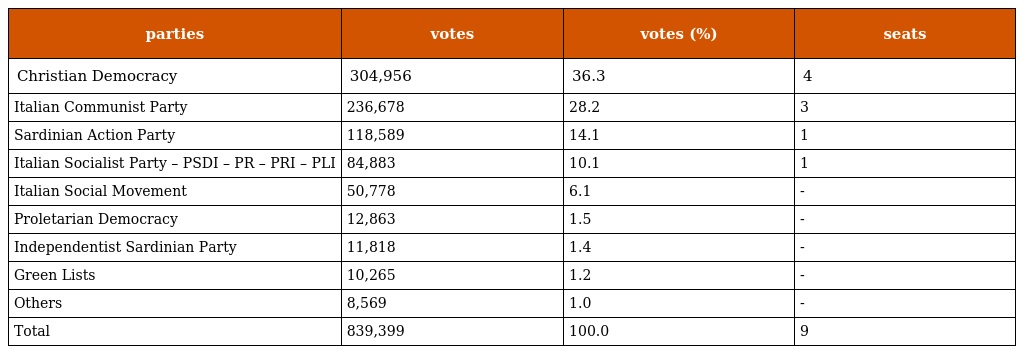
| parties | votes | votes (%) | seats |
 | --- | --- | --- | --- |
 | Christian Democracy | 304,956 | 36.3 | 4 |
 | Italian Communist Party | 236,678 | 28.2 | 3 |
 | Sardinian Action Party | 118,589 | 14.1 | 1 |
 | Italian Socialist Party – PSDI – PR – PRI – PLI | 84,883 | 10.1 | 1 |
 | Italian Social Movement | 50,778 | 6.1 | - |
 | Proletarian Democracy | 12,863 | 1.5 | - |
 | Independentist Sardinian Party | 11,818 | 1.4 | - |
 | Green Lists | 10,265 | 1.2 | - |
 | Others | 8,569 | 1.0 | - |
 | Total | 839,399 | 100.0 | 9 |